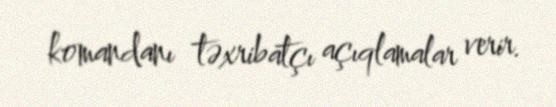
komandanı təxribatçı açıqlamalar verir.